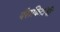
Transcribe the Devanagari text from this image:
पॅराकिटांची